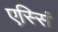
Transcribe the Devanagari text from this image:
एस्सिं